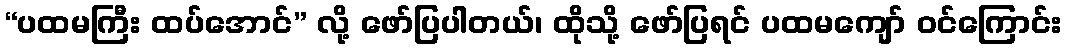
“ပထမကြီး ထပ်အောင်” လို့ ဖော်ပြပါတယ်၊ ထိုသို့ ဖော်ပြရင် ပထမကျော် ဝင်ကြောင်း